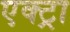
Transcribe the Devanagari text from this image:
एक्ट्रा